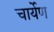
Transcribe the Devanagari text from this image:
चार्येण